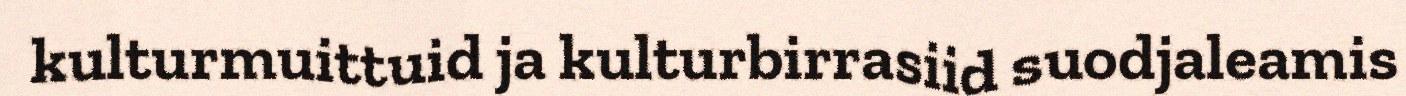
kulturmuittuid ja kulturbirrasiid suodjaleamis